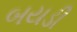
બયડી